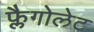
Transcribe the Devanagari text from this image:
फ्लैगोलेट